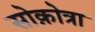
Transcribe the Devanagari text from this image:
सोक़ोत्रा